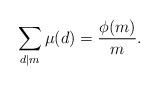
LaTeX: \begin{align*}\sum_{d\mid m}\mu(d)=\frac{\phi(m)}{m}.\end{align*}